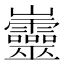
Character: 𡿡